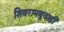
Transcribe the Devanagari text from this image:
शिवरामबुवाही